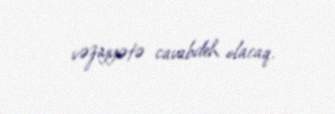
vəziyyətə cavabdeh olacaq.